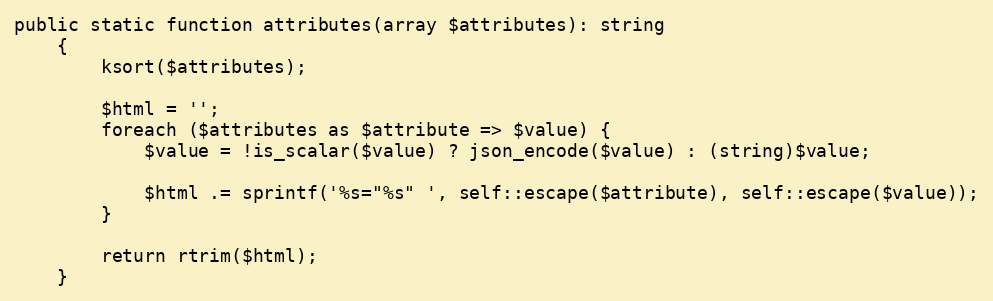
Language: PHP
public static function attributes(array $attributes): string
    {
        ksort($attributes);

        $html = '';
        foreach ($attributes as $attribute => $value) {
            $value = !is_scalar($value) ? json_encode($value) : (string)$value;

            $html .= sprintf('%s="%s" ', self::escape($attribute), self::escape($value));
        }

        return rtrim($html);
    }